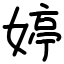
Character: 婷